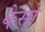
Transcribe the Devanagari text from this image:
कैसो